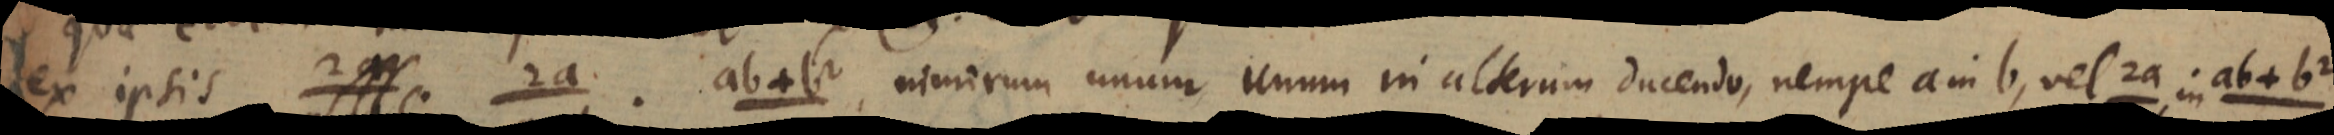
ex ipsis 2a 2a . ab+b² nimirum unum unum in alterum ducendo, nempe a in b, vel 2a . ab+b²